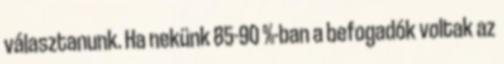
választanunk. Ha nekünk 85-90 %-ban a befogadók voltak az